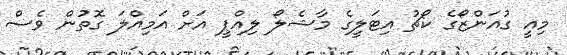
މިއީ ގުއަންޒޯގެ ކޯޗު އިޓަލީގެ މާޝެލޯ ލިއްޕީ އަށް އަމިއްލަ ގޮތުން ވެސް